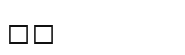
٤٧